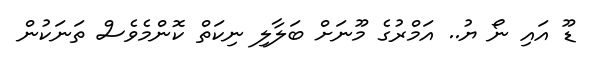
ޑޫ އައި ނޯ ޔު.. އަމްރުގެ މޫނަށް ބަލާލި ނިކަތް ކޮންމެވެސް ތަނަކުން